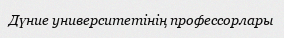
Дүние университетінің профессорлары